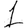
Digit: 1